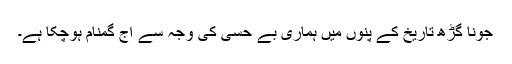
جونا گڑھ تاریخ کے پنوں میں ہماری بے حسی کی وجہ سے آج گمنام ہوچکا ہے۔